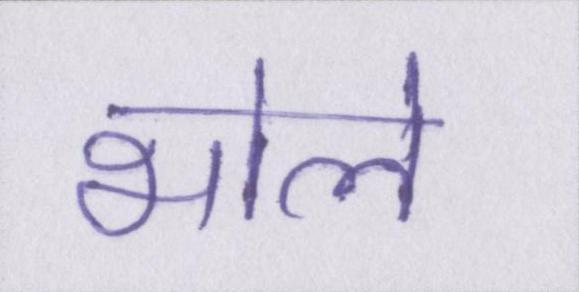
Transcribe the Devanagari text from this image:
भोले